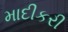
માદીકરી